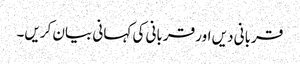
قربانی دیں اور قربانی کی کہانی بیان کریں۔